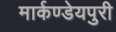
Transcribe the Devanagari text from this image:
मार्कण्डेयपुरी